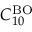
C _ { 1 0 } ^ { \mathrm { B O } }